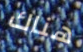
هناك